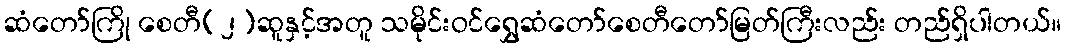
ဆံတော်ကြို စေတီ(၂)ဆူနှင့်အတူ သမိုင်းဝင်ရွှေဆံတော်စေတီတော်မြတ်ကြီးလည်း တည်ရှိပါတယ်။